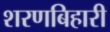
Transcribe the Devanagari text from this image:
शरणबिहारी